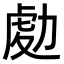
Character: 𠢅